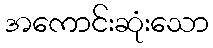
အကောင်းဆုံးသော